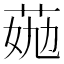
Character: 𦯏